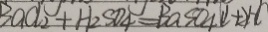
B a C l _ { 2 } + H _ { 2 } S O _ { 4 } = B a S O _ { 4 } \downarrow + 2 H C